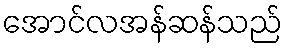
အောင်လအန်ဆန်သည်